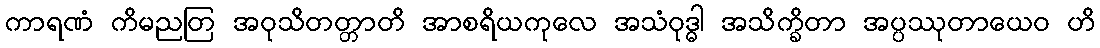
ကာရဏံ ကိမညတြ အဝုသိတတ္တာတိ အာစရိယကုလေ အသံဝုဒ္ဓါ အသိက္ခိတာ အပ္ပဿုတာယေဝ ဟိ